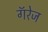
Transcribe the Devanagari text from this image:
गॅरेज